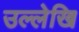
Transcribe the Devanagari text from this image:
उल्लेखि